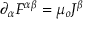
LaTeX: \partial _ { \alpha } F ^ { \alpha \beta } = \mu _ { o } J ^ { \beta }